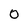
Character: O